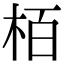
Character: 栢